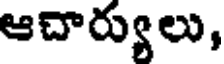
ఆచార్యులు,